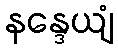
နန္ဒေယျံ